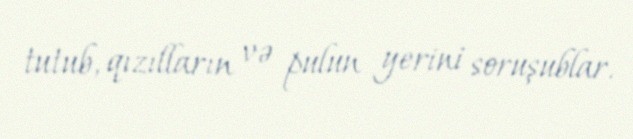
tutub, qızılların və pulun yerini soruşublar.